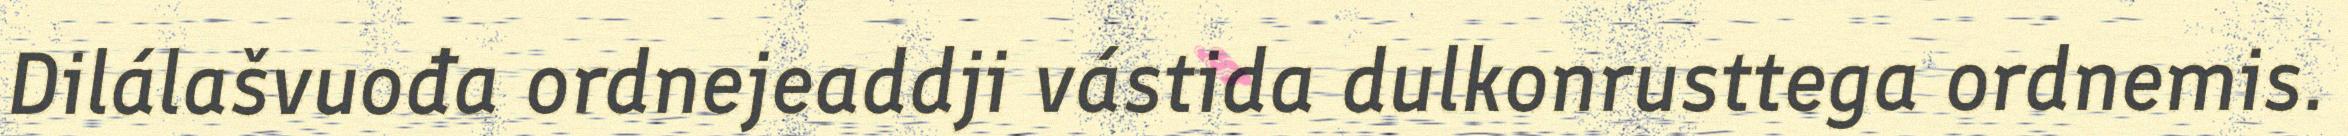
Dilálašvuođa ordnejeaddji vástida dulkonrusttega ordnemis.